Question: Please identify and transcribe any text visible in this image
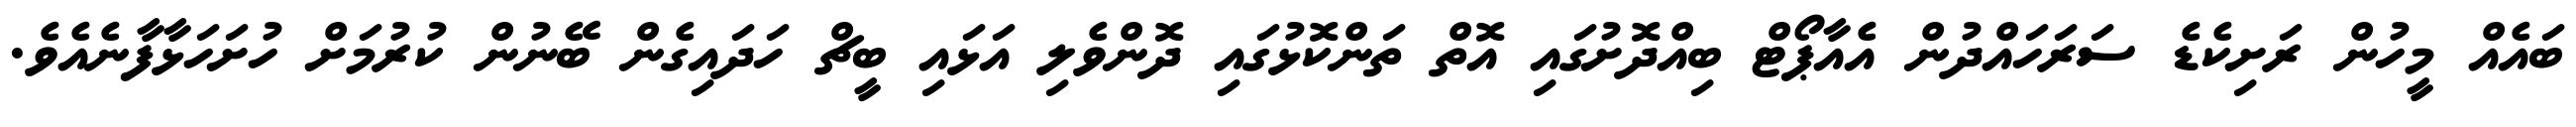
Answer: ބައެއް މީހުން ރަށިކެޑެ ސަރަހައްދުން އެއާޕޯޓް ބިއްދޮށުގައި އޮތް ތަންކޮޅުގައި ދޮންވެލި އަޅައި ބީޗް ހަދައިގެން ބޭނުން ކުރުމަށް ހުށަހަޅާފާނެއެވެ.